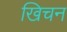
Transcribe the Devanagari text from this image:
खिचन